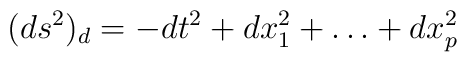
(ds^2)_d = - dt^2 + dx_1^2 + \ldots + dx_p^2